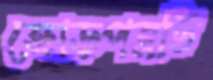
ক্রোড়পত্রটি